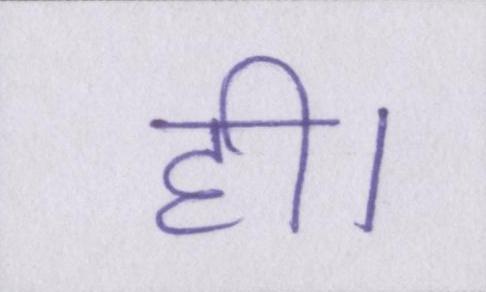
ही।